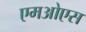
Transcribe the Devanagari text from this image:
एमओएस